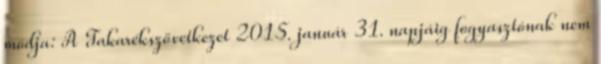
módja: A Takarékszövetkezet 2015. január 31. napjáig fogyasztónak nem